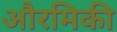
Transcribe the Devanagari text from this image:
औरमिकी